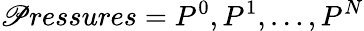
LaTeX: \mathscr{P}ressures=P^{0},P^{1},\ldots,P^{N}